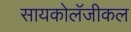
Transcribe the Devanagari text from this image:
सायकोलॅजीकल